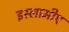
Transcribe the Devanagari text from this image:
इस्लामीए